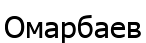
Омарбаев